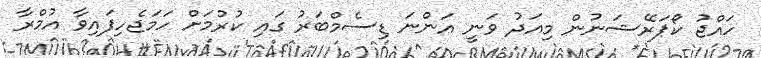
ހައްޖު ކޯޕަރޭޝަނުން މިއަދު ވަނީ އަންނަ ޑިސެމްބަރު ގައި ކުރުމަށް ހަމަޖެހިފައިވާ އުމްރާ